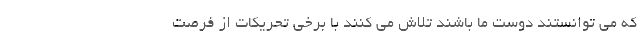
که می توانستند دوست ما باشند تلاش می کنند با برخی تحریکات از فرصت